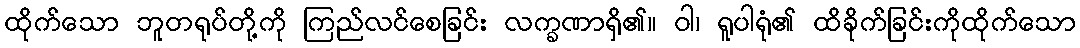
ထိုက်သော ဘူတရုပ်တို့ကို ကြည်လင်စေခြင်း လက္ခဏာရှိ၏။ ဝါ၊ ရူပါရုံ၏ ထိခိုက်ခြင်းကိုထိုက်သော